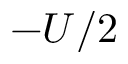
- U / 2